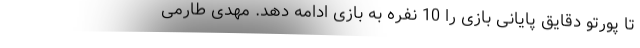
تا پورتو دقایق پایانی بازی را 10 نفره به بازی ادامه دهد. مهدی طارمی